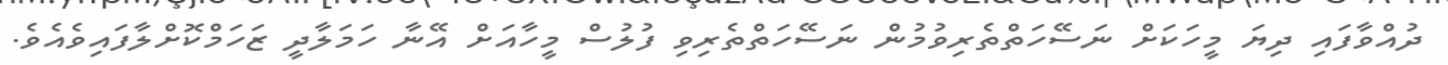
ދުއްވާފައި ދިޔަ މީހަކަށް ނަސޭހަތްތެރިވުމުން ނަސޭހަތްތެރިވި ފުލުސް މީހާއަށް އޭނާ ހަމަލާދީ ޒަހަމްކޮށްލާފައިވެއެވެ.